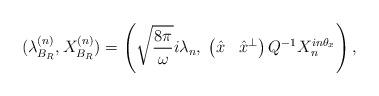
LaTeX: \begin{align*}(\lambda^{(n)}_{B_R}, X^{(n)}_{B_R}) = \left(\sqrt{\frac{8\pi}{\omega}}i \lambda_n,\; \begin{pmatrix}\hat{x} & \hat{x}^{\bot }\end{pmatrix} Q^{-1}X_n ^{in \theta_x} \right), \end{align*}